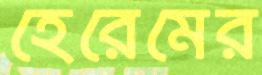
হেরেমের